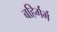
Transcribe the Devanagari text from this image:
बहिर्गर्भ